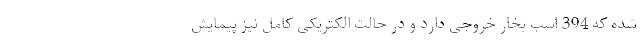
شده که 394 اسب بخار خروجی دارد و در حالت الکتریکی کامل نیز پیمایش